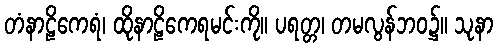
တံနာဠိကေရံ၊ ထိုနာဠိကေရမင်းကို။ ပရတ္တ၊ တမလွန်ဘဝ၌။ သုနာ